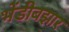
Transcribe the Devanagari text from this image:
भेंडीबझार